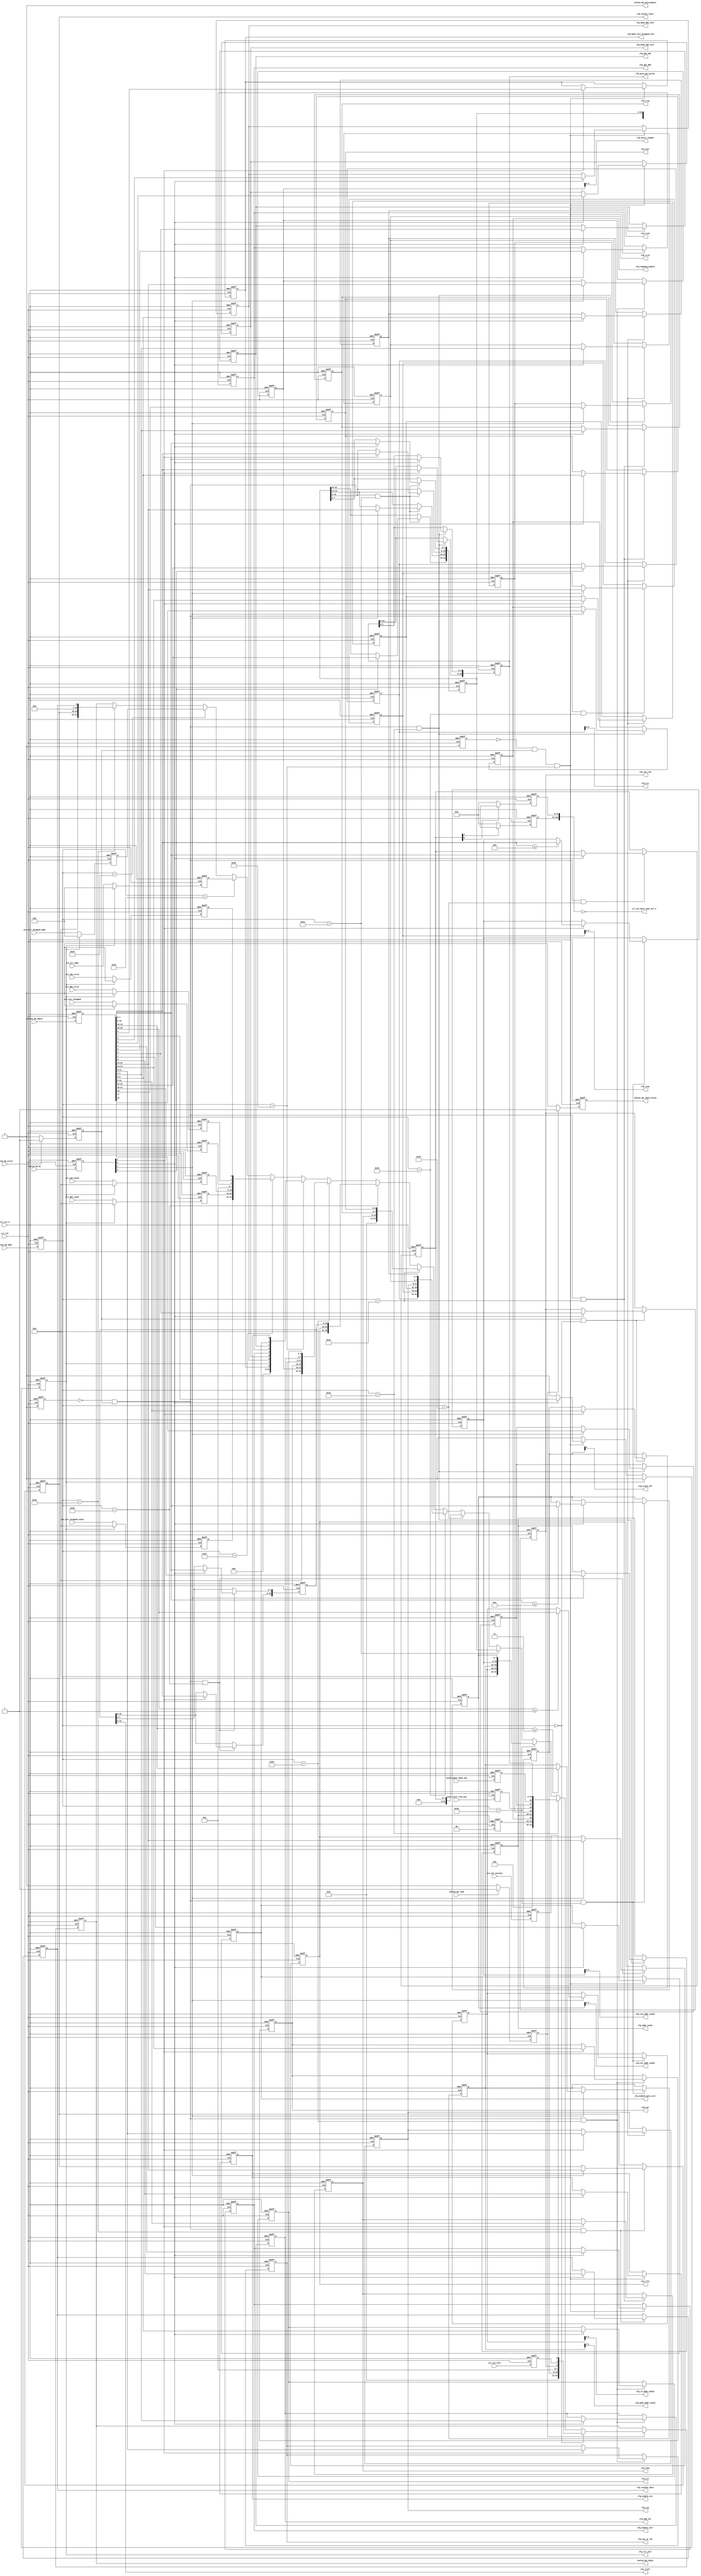
// (C) 2001-2014 Altera Corporation. All rights reserved.
// Your use of Altera Corporation's design tools, logic functions and other 
// software and tools, and its AMPP partner logic functions, and any output 
// files any of the foregoing (including device programming or simulation 
// files), and any associated documentation or information are expressly subject 
// to the terms and conditions of the Altera Program License Subscription 
// Agreement, Altera MegaCore Function License Agreement, or other applicable 
// license agreement, including, without limitation, that your use is for the 
// sole purpose of programming logic devices manufactured by Altera and sold by 
// Altera or its authorized distributors.  Please refer to the applicable 
// agreement for further details.


`timescale 1 ps / 1 ps

//altera message_off 10230

module alt_mem_ddrx_csr #
    ( parameter
        DWIDTH_RATIO                = 2,
        CTL_CSR_ENABLED             = 1,
        CTL_ECC_CSR_ENABLED         = 1,
        CTL_CSR_READ_ONLY           = 0,
        CTL_ECC_CSR_READ_ONLY       = 0,
        CFG_AVALON_ADDR_WIDTH              = 8,
        CFG_AVALON_DATA_WIDTH              = 32,
        
        MEM_IF_CLK_PAIR_COUNT       = 1,
        MEM_IF_DQS_WIDTH            = 72,
        
        CFG_CS_ADDR_WIDTH            = 1,        // same as MEM_IF_CHIP
        CFG_ROW_ADDR_WIDTH            = 13,      // max supported row bits
        CFG_COL_ADDR_WIDTH            = 10,      // max supported column bits
        CFG_BANK_ADDR_WIDTH             = 3,       // max supported bank bits
        
        CFG_ENABLE_ECC             = 1,
        CFG_ENABLE_AUTO_CORR         = 1,
        CFG_REGDIMM_ENABLE         = 0,
        
        // timing parameter width
        CAS_WR_LAT_BUS_WIDTH        = 4,       // max will be 8 in DDR3
        ADD_LAT_BUS_WIDTH           = 4,       // max will be 6 in DDR2
        TCL_BUS_WIDTH               = 4,       // max will be 11 in DDR3
        BL_BUS_WIDTH                = 5,       // 
        TRRD_BUS_WIDTH              = 4,       // 2 - 8
        TFAW_BUS_WIDTH              = 6,       // 6 - 32
        TRFC_BUS_WIDTH              = 8,       // 12 - 140?
        TREFI_BUS_WIDTH             = 13,      // 780 - 6240
        TRCD_BUS_WIDTH              = 4,       // 2 - 11
        TRP_BUS_WIDTH               = 4,       // 2 - 11
        TWR_BUS_WIDTH               = 4,       // 2 - 12
        TWTR_BUS_WIDTH              = 4,       // 1 - 10
        TRTP_BUS_WIDTH              = 4,       // 2 - 8
        TRAS_BUS_WIDTH              = 5,       // 4 - 29
        TRC_BUS_WIDTH               = 6,       // 8 - 40
        AUTO_PD_BUS_WIDTH           = 16,      // same as CSR interface
        STARVE_LIMIT_BUS_WIDTH      = 8,
        
        // timing parameter
        CFG_CAS_WR_LAT              = 0,        // these timing parameter must be set properly for controller to work
        CFG_ADD_LAT                 = 0,        // these timing parameter must be set properly for controller to work
        CFG_TCL                     = 0,        // these timing parameter must be set properly for controller to work
        CFG_BURST_LENGTH                      = 0,        // these timing parameter must be set properly for controller to work
        CFG_TRRD                    = 0,        // these timing parameter must be set properly for controller to work
        CFG_TFAW                    = 0,        // these timing parameter must be set properly for controller to work
        CFG_TRFC                    = 0,        // these timing parameter must be set properly for controller to work
        CFG_TREFI                   = 0,        // these timing parameter must be set properly for controller to work
        CFG_TRCD                    = 0,        // these timing parameter must be set properly for controller to work
        CFG_TRP                     = 0,        // these timing parameter must be set properly for controller to work
        CFG_TWR                     = 0,        // these timing parameter must be set properly for controller to work
        CFG_TWTR                    = 0,        // these timing parameter must be set properly for controller to work
        CFG_TRTP                    = 0,        // these timing parameter must be set properly for controller to work
        CFG_TRAS                    = 0,        // these timing parameter must be set properly for controller to work
        CFG_TRC                     = 0,        // these timing parameter must be set properly for controller to work
        CFG_AUTO_PD_CYCLES          = 0,        // these timing parameter must be set properly for controller to work
        
        // parameters used by input interface
        CFG_ADDR_ORDER                  = 1,        // normally we will use '1' for chip, bank, row, column arrangement
        CFG_REORDER_DATA         = 0,
        CFG_STARVE_LIMIT                = 0,
        MEM_IF_CSR_COL_WIDTH        = 5,
        MEM_IF_CSR_ROW_WIDTH        = 5,
        MEM_IF_CSR_BANK_WIDTH       = 3,
        MEM_IF_CSR_CS_WIDTH         = 3
    )
    (
        ctl_clk,
        ctl_rst_n,
        
        // csr interface (Avalon)
        avalon_mm_addr,
        avalon_mm_be,
        avalon_mm_write,
        avalon_mm_wdata,
        avalon_mm_read,
        avalon_mm_rdata,
        avalon_mm_rdata_valid,
        avalon_mm_waitrequest,
        
        // input from PHY
        sts_cal_success,
        sts_cal_fail,
        
        // input from state machine
        local_power_down_ack,
        local_self_rfsh_ack,
        
        // input from ecc
        sts_sbe_error,
        sts_dbe_error,
        sts_corr_dropped,
        sts_sbe_count,
        sts_dbe_count,
        sts_corr_dropped_count,
        sts_err_addr,
        sts_corr_dropped_addr,
        
        // output to PHY
        cfg_cal_req,
        cfg_clock_off,
        ctl_cal_byte_lane_sel_n,
        
        // output to timer
        cfg_cas_wr_lat,
        cfg_add_lat,
        cfg_tcl,
        cfg_burst_length,
        cfg_trrd,
        cfg_tfaw,
        cfg_trfc,
        cfg_trefi,
        cfg_trcd,
        cfg_trp,
        cfg_twr,
        cfg_twtr,
        cfg_trtp,
        cfg_tras,
        cfg_trc,
        cfg_auto_pd_cycles,
        
        // output to input interface
        cfg_addr_order,
        cfg_col_addr_width,
        cfg_row_addr_width,
        cfg_bank_addr_width,
        cfg_cs_addr_width,
        
        // output to ecc
        cfg_enable_ecc,
        cfg_enable_auto_corr,
        cfg_gen_sbe,
        cfg_gen_dbe,
        cfg_enable_intr,
        cfg_mask_sbe_intr,
        cfg_mask_dbe_intr,
        cfg_mask_corr_dropped_intr,
        cfg_clr_intr,

        // output to others
        cfg_regdimm_enable,
        cfg_reorder_data,
        cfg_starve_limit
    );

localparam integer CFG_MEM_IF_CS_WIDTH  = (2**CFG_CS_ADDR_WIDTH);

input ctl_clk;
input ctl_rst_n;

input avalon_mm_write;
input avalon_mm_read;
input [CFG_AVALON_ADDR_WIDTH - 1       : 0] avalon_mm_addr;
input [CFG_AVALON_DATA_WIDTH - 1       : 0] avalon_mm_wdata;
input [(CFG_AVALON_DATA_WIDTH / 8) - 1 : 0] avalon_mm_be;

output avalon_mm_waitrequest;
output avalon_mm_rdata_valid;
output [CFG_AVALON_DATA_WIDTH - 1 : 0] avalon_mm_rdata;

// input from AFI
input sts_cal_success;
input sts_cal_fail;

// input from state machine
input local_power_down_ack;
input local_self_rfsh_ack;

// input from ecc
input           sts_sbe_error;
input           sts_dbe_error;
input           sts_corr_dropped;
input  [7  : 0] sts_sbe_count;
input  [7  : 0] sts_dbe_count;
input  [7  : 0] sts_corr_dropped_count;
input  [31 : 0] sts_err_addr;
input  [31 : 0] sts_corr_dropped_addr;

// output to PHY
output                                              cfg_cal_req;
output [MEM_IF_CLK_PAIR_COUNT              - 1 : 0] cfg_clock_off;
output [MEM_IF_DQS_WIDTH * CFG_MEM_IF_CS_WIDTH - 1 : 0] ctl_cal_byte_lane_sel_n;

// output to timer
output [CAS_WR_LAT_BUS_WIDTH - 1 : 0] cfg_cas_wr_lat;
output [ADD_LAT_BUS_WIDTH    - 1 : 0] cfg_add_lat;
output [TCL_BUS_WIDTH        - 1 : 0] cfg_tcl;
output [BL_BUS_WIDTH         - 1 : 0] cfg_burst_length;
output [TRRD_BUS_WIDTH       - 1 : 0] cfg_trrd;
output [TFAW_BUS_WIDTH       - 1 : 0] cfg_tfaw;
output [TRFC_BUS_WIDTH       - 1 : 0] cfg_trfc;
output [TREFI_BUS_WIDTH      - 1 : 0] cfg_trefi;
output [TRCD_BUS_WIDTH       - 1 : 0] cfg_trcd;
output [TRP_BUS_WIDTH        - 1 : 0] cfg_trp;
output [TWR_BUS_WIDTH        - 1 : 0] cfg_twr;
output [TWTR_BUS_WIDTH       - 1 : 0] cfg_twtr;
output [TRTP_BUS_WIDTH       - 1 : 0] cfg_trtp;
output [TRAS_BUS_WIDTH       - 1 : 0] cfg_tras;
output [TRC_BUS_WIDTH        - 1 : 0] cfg_trc;
output [AUTO_PD_BUS_WIDTH    - 1 : 0] cfg_auto_pd_cycles;

// output to input interface
output [1 : 0]                         cfg_addr_order;
output                                 cfg_reorder_data;
output [STARVE_LIMIT_BUS_WIDTH-1: 0] cfg_starve_limit;
output [MEM_IF_CSR_COL_WIDTH  - 1 : 0] cfg_col_addr_width;
output [MEM_IF_CSR_ROW_WIDTH  - 1 : 0] cfg_row_addr_width;
output [MEM_IF_CSR_BANK_WIDTH - 1 : 0] cfg_bank_addr_width;
output [MEM_IF_CSR_CS_WIDTH   - 1 : 0] cfg_cs_addr_width;

//output to ecc
output cfg_enable_ecc;
output cfg_enable_auto_corr;
output cfg_gen_sbe;
output cfg_gen_dbe;
output cfg_enable_intr;
output cfg_mask_sbe_intr;
output cfg_mask_dbe_intr;
output cfg_mask_corr_dropped_intr;
output cfg_clr_intr;

output cfg_regdimm_enable;

wire avalon_mm_waitrequest;
wire avalon_mm_rdata_valid;
wire [CFG_AVALON_DATA_WIDTH - 1 : 0] avalon_mm_rdata;

reg int_write_req;
reg int_read_req;
reg int_rdata_valid;
reg [8              - 1       : 0] int_addr; // hard-coded to only 8 bits
reg [CFG_AVALON_DATA_WIDTH - 1       : 0] int_wdata;
reg [CFG_AVALON_DATA_WIDTH - 1       : 0] int_rdata;
reg [(CFG_AVALON_DATA_WIDTH / 8) - 1 : 0] int_be;

reg int_mask_avalon_mm_write;
reg int_mask_avalon_mm_read;
reg int_mask_ecc_avalon_mm_write;
reg int_mask_ecc_avalon_mm_read;

// output to PHY
wire                                              cfg_cal_req;
wire [MEM_IF_CLK_PAIR_COUNT              - 1 : 0] cfg_clock_off;
wire [MEM_IF_DQS_WIDTH * CFG_MEM_IF_CS_WIDTH - 1 : 0] ctl_cal_byte_lane_sel_n;

// output to timer
wire [CAS_WR_LAT_BUS_WIDTH - 1 : 0] cfg_cas_wr_lat;
wire [ADD_LAT_BUS_WIDTH    - 1 : 0] cfg_add_lat;
wire [TCL_BUS_WIDTH        - 1 : 0] cfg_tcl;
wire [BL_BUS_WIDTH         - 1 : 0] cfg_burst_length;
wire [TRRD_BUS_WIDTH       - 1 : 0] cfg_trrd;
wire [TFAW_BUS_WIDTH       - 1 : 0] cfg_tfaw;
wire [TRFC_BUS_WIDTH       - 1 : 0] cfg_trfc;
wire [TREFI_BUS_WIDTH      - 1 : 0] cfg_trefi;
wire [TRCD_BUS_WIDTH       - 1 : 0] cfg_trcd;
wire [TRP_BUS_WIDTH        - 1 : 0] cfg_trp;
wire [TWR_BUS_WIDTH        - 1 : 0] cfg_twr;
wire [TWTR_BUS_WIDTH       - 1 : 0] cfg_twtr;
wire [TRTP_BUS_WIDTH       - 1 : 0] cfg_trtp;
wire [TRAS_BUS_WIDTH       - 1 : 0] cfg_tras;
wire [TRC_BUS_WIDTH        - 1 : 0] cfg_trc;
wire [AUTO_PD_BUS_WIDTH    - 1 : 0] cfg_auto_pd_cycles;

// output to input interface
wire [1 : 0]                         cfg_addr_order;
wire                                 cfg_reorder_data;
wire [STARVE_LIMIT_BUS_WIDTH-1: 0] cfg_starve_limit;
wire [MEM_IF_CSR_COL_WIDTH  - 1 : 0] cfg_col_addr_width;
wire [MEM_IF_CSR_ROW_WIDTH  - 1 : 0] cfg_row_addr_width;
wire [MEM_IF_CSR_BANK_WIDTH - 1 : 0] cfg_bank_addr_width;
wire [MEM_IF_CSR_CS_WIDTH   - 1 : 0] cfg_cs_addr_width;

//output to ecc
wire cfg_enable_ecc;
wire cfg_enable_auto_corr;
wire cfg_gen_sbe;
wire cfg_gen_dbe;
wire cfg_enable_intr;
wire cfg_mask_sbe_intr;
wire cfg_mask_dbe_intr;
wire cfg_mask_corr_dropped_intr;
wire cfg_clr_intr;

// output to others
wire cfg_regdimm_enable;

// CSR read registers
reg [CFG_AVALON_DATA_WIDTH - 1 : 0] read_csr_register_100;

reg [CFG_AVALON_DATA_WIDTH - 1 : 0] read_csr_register_110;

reg [CFG_AVALON_DATA_WIDTH - 1 : 0] read_csr_register_120;
reg [CFG_AVALON_DATA_WIDTH - 1 : 0] read_csr_register_121;
reg [CFG_AVALON_DATA_WIDTH - 1 : 0] read_csr_register_122;
reg [CFG_AVALON_DATA_WIDTH - 1 : 0] read_csr_register_123;
reg [CFG_AVALON_DATA_WIDTH - 1 : 0] read_csr_register_124;
reg [CFG_AVALON_DATA_WIDTH - 1 : 0] read_csr_register_125;
reg [CFG_AVALON_DATA_WIDTH - 1 : 0] read_csr_register_126;

reg [CFG_AVALON_DATA_WIDTH - 1 : 0] read_csr_register_130;
reg [CFG_AVALON_DATA_WIDTH - 1 : 0] read_csr_register_131;
reg [CFG_AVALON_DATA_WIDTH - 1 : 0] read_csr_register_132;

reg [CFG_AVALON_DATA_WIDTH - 1 : 0] read_csr_register_133;
reg [CFG_AVALON_DATA_WIDTH - 1 : 0] read_csr_register_134;

/*------------------------------------------------------------------------------

   CSR Interface

------------------------------------------------------------------------------*/
// Assign waitrequest signal to '0'
assign avalon_mm_waitrequest = 1'b0;

generate
    if (!CTL_CSR_ENABLED && !CTL_ECC_CSR_ENABLED)
    begin
        // when both csr and ecc csr is disabled
        assign avalon_mm_rdata       = 0;
        assign avalon_mm_rdata_valid = 0;
    end
    else
    begin
        // register all inputs
        always @ (posedge ctl_clk or negedge ctl_rst_n)
        begin
            if (!ctl_rst_n)
            begin
                int_write_req <= 0;
                int_read_req  <= 0;
                int_addr      <= 0;
                int_wdata     <= 0;
                int_be        <= 0;
            end
            else
            begin
                int_addr  <= avalon_mm_addr [7 : 0]; // we only need the bottom 8 bits
                int_wdata <= avalon_mm_wdata;
                int_be    <= avalon_mm_be;
                
                if (avalon_mm_write)
                    int_write_req <= 1'b1;
                else
                    int_write_req <= 1'b0;
                
                if (avalon_mm_read)
                    int_read_req <= 1'b1;
                else
                    int_read_req <= 1'b0;
            end
        end
        
        // Write and read request mask
        always @ (posedge ctl_clk or negedge ctl_rst_n)
        begin
            if (!ctl_rst_n)
            begin
                int_mask_avalon_mm_write     <= 1'b0;
                int_mask_avalon_mm_read      <= 1'b0;
                int_mask_ecc_avalon_mm_write <= 1'b0;
                int_mask_ecc_avalon_mm_read  <= 1'b0;
            end
            else
            begin
                if (CTL_CSR_READ_ONLY)
                begin
                    int_mask_avalon_mm_write <= 1'b1;
                    int_mask_avalon_mm_read  <= 1'b0;
                end
                else
                begin
                    int_mask_avalon_mm_write <= 1'b0;
                    int_mask_avalon_mm_read  <= 1'b0;
                end
                
                if (CTL_ECC_CSR_READ_ONLY)
                begin
                    int_mask_ecc_avalon_mm_write <= 1'b1;
                    int_mask_ecc_avalon_mm_read  <= 1'b0;
                end
                else
                begin
                    int_mask_ecc_avalon_mm_write <= 1'b0;
                    int_mask_ecc_avalon_mm_read  <= 1'b0;
                end
            end
        end
        
        /*------------------------------------------------------------------------------
        
           Read Interface
        
        ------------------------------------------------------------------------------*/
        assign avalon_mm_rdata       = int_rdata;
        assign avalon_mm_rdata_valid = int_rdata_valid;
        
        always @ (posedge ctl_clk or negedge ctl_rst_n)
        begin
            if (!ctl_rst_n)
            begin
                int_rdata       <= 0;
                int_rdata_valid <= 0;
            end
            else
            begin
                if (int_read_req)
                begin
                    if (int_addr == 8'h00)
                        int_rdata <= read_csr_register_100;
                    else if (int_addr == 8'h10)
                        int_rdata <= read_csr_register_110;
                    else if (int_addr == 8'h20)
                        int_rdata <= read_csr_register_120;
                    else if (int_addr == 8'h21)
                        int_rdata <= read_csr_register_121;
                    else if (int_addr == 8'h22)
                        int_rdata <= read_csr_register_122;
                    else if (int_addr == 8'h23)
                        int_rdata <= read_csr_register_123;
                    else if (int_addr == 8'h24)
                        int_rdata <= read_csr_register_124;
                    else if (int_addr == 8'h25)
                        int_rdata <= read_csr_register_125;
                    else if (int_addr == 8'h26)
                        int_rdata <= read_csr_register_126;
                    else if (int_addr == 8'h30)
                        int_rdata <= read_csr_register_130;
                    else if (int_addr == 8'h31)
                        int_rdata <= read_csr_register_131;
                    else if (int_addr == 8'h32)
                        int_rdata <= read_csr_register_132;
                    else if (int_addr == 8'h33)
                        int_rdata <= read_csr_register_133;
                    else if (int_addr == 8'h34)
                        int_rdata <= read_csr_register_134;
                end
                
                if (int_read_req)
                    int_rdata_valid <= 1'b1;
                else
                    int_rdata_valid <= 1'b0;
            end
        end
    end
endgenerate

/*------------------------------------------------------------------------------

   CSR Registers

------------------------------------------------------------------------------*/
generate
    genvar i;
    if (!CTL_CSR_ENABLED) // when csr is disabled
    begin
        // assigning values to the top
        assign cfg_cas_wr_lat          = CFG_CAS_WR_LAT;
        assign cfg_add_lat             = CFG_ADD_LAT;
        assign cfg_tcl                 = CFG_TCL;
        assign cfg_burst_length        = CFG_BURST_LENGTH;
        assign cfg_trrd                = CFG_TRRD;
        assign cfg_tfaw                = CFG_TFAW;
        assign cfg_trfc                = CFG_TRFC;
        assign cfg_trefi               = CFG_TREFI;
        assign cfg_trcd                = CFG_TRCD;
        assign cfg_trp                 = CFG_TRP;
        assign cfg_twr                 = CFG_TWR;
        assign cfg_twtr                = CFG_TWTR;
        assign cfg_trtp                = CFG_TRTP;
        assign cfg_tras                = CFG_TRAS;
        assign cfg_trc                 = CFG_TRC;
        assign cfg_auto_pd_cycles      = CFG_AUTO_PD_CYCLES;
        
        assign cfg_addr_order              = CFG_ADDR_ORDER;
        assign cfg_reorder_data     = CFG_REORDER_DATA;
        assign cfg_starve_limit            = CFG_STARVE_LIMIT;
        assign cfg_cs_addr_width       = CFG_MEM_IF_CS_WIDTH > 1 ? CFG_CS_ADDR_WIDTH : 0;
        assign cfg_bank_addr_width     = CFG_BANK_ADDR_WIDTH;
        assign cfg_row_addr_width      = CFG_ROW_ADDR_WIDTH;
        assign cfg_col_addr_width      = CFG_COL_ADDR_WIDTH;
        
        assign cfg_cal_req             = 0;
        assign cfg_clock_off     = 0;
        assign ctl_cal_byte_lane_sel_n = 0;
        
        assign cfg_regdimm_enable          = 1'b1; // udimm or rdimm determined by parameter CFG_REGDIMM_ENABLE
    end
    else
    begin
        /*------------------------------------------------------------------------------
        
           0x100 ALTMEPHY Status and Control Register
        
        ------------------------------------------------------------------------------*/
        reg         csr_cal_success;
        reg         csr_cal_fail;
        reg         csr_cal_req;
        reg [5 : 0] csr_clock_off;
        
        // assign value back to top
        assign cfg_cal_req         = csr_cal_req;
        assign cfg_clock_off = csr_clock_off [MEM_IF_CLK_PAIR_COUNT - 1 : 0];
        
        // register arrays to store CSR informations
        always @ (posedge ctl_clk or negedge ctl_rst_n)
        begin
            if (!ctl_rst_n)
            begin
                csr_cal_req     <= 0;
                csr_clock_off   <= 0;
            end
            else
            begin
                // write request
                if (int_write_req && int_addr == 8'h00)
                begin
                    if (int_be [0])
                    begin
                        csr_cal_req   <= int_wdata [2]     ;
                    end
                    
                    if (int_be [1])
                    begin
                        csr_clock_off <= int_wdata [13 : 8];
                    end
                end
            end
        end
        
        // read only registers
        always @ (posedge ctl_clk or negedge ctl_rst_n)
        begin
            if (!ctl_rst_n)
            begin
                csr_cal_success <= 0;
                csr_cal_fail    <= 0;
            end
            else
            begin
                csr_cal_success <= sts_cal_success;
                csr_cal_fail    <= sts_cal_fail;
            end
        end
        
        // assigning read datas back to 32 bit bus
        always @ (*)
        begin
            // first, set all to zeros
            read_csr_register_100 = 0;
            
            // then we set individual bits
            read_csr_register_100 [0]      = csr_cal_success;
            read_csr_register_100 [1]      = csr_cal_fail;
            read_csr_register_100 [2]      = csr_cal_req;
            read_csr_register_100 [13 : 8] = csr_clock_off;
        end
        
        /*------------------------------------------------------------------------------
        
           0x110 Controller Status and Control Register
        
        ------------------------------------------------------------------------------*/
        reg [15 : 0] csr_auto_pd_cycles;
        reg          csr_auto_pd_ack;
        reg          csr_self_rfsh;    // yyong: remember to handle this
        reg          csr_self_rfsh_ack;
        reg          csr_ganged_arf;   // yyong: remember to handle this
        reg [1  : 0] csr_addr_order;
        reg          csr_reg_dimm;     // yyong: remember to handle this
        reg [1  : 0] csr_drate;
        
        // assign value back to top
        assign cfg_auto_pd_cycles = csr_auto_pd_cycles;
        assign cfg_addr_order         = csr_addr_order;
        assign cfg_regdimm_enable     = csr_reg_dimm;
        
        // register arrays to store CSR informations
        always @ (posedge ctl_clk or negedge ctl_rst_n)
        begin
            if (!ctl_rst_n)
            begin
                csr_auto_pd_cycles <= CFG_AUTO_PD_CYCLES;  // reset to default value
                csr_self_rfsh      <= 0;
                csr_ganged_arf     <= 0;
                csr_addr_order     <= CFG_ADDR_ORDER;          // reset to default value
                csr_reg_dimm       <= CFG_REGDIMM_ENABLE; // reset to default value
            end
            else
            begin
                // write request
                if (!int_mask_avalon_mm_write && int_write_req && int_addr == 8'h10)
                begin
                    if (int_be [0])
                    begin
                        csr_auto_pd_cycles [ 7 :  0] <= int_wdata [ 7 :  0];
                    end
                    
                    if (int_be [1])
                    begin
                        csr_auto_pd_cycles [15 :  8] <= int_wdata [15 :  8];
                    end
                    
                    if (int_be [2])
                    begin
                        csr_self_rfsh      <= int_wdata [17]     ;
                        csr_ganged_arf     <= int_wdata [19]     ;
                        csr_addr_order     <= int_wdata [21 : 20];
                        csr_reg_dimm       <= int_wdata [22]     ;
                    end
                end
            end
        end
        
        // read only registers
        always @ (posedge ctl_clk or negedge ctl_rst_n)
        begin
            if (!ctl_rst_n)
            begin
                csr_auto_pd_ack   <= 0;
                csr_self_rfsh_ack <= 0;
                csr_drate         <= 0;
            end
            else
            begin
                csr_auto_pd_ack   <= local_power_down_ack;
                csr_self_rfsh_ack <= local_self_rfsh_ack;
                csr_drate         <= (DWIDTH_RATIO == 2) ? 2'b00 : 2'b01; // Fullrate - 00, Halfrate - 01
            end
        end
        
        // assigning read datas back to 32 bit bus
        always @ (*)
        begin
            // first, set all to zeros
            read_csr_register_110 = 0;
            
            // then we set individual bits
            read_csr_register_110 [15 : 0 ] = csr_auto_pd_cycles;
            read_csr_register_110 [16]      = csr_auto_pd_ack;
            read_csr_register_110 [17]      = csr_self_rfsh;
            read_csr_register_110 [18]      = csr_self_rfsh_ack;
            read_csr_register_110 [19]      = csr_ganged_arf;
            read_csr_register_110 [21 : 20] = csr_addr_order;
            read_csr_register_110 [22]      = csr_reg_dimm;
            read_csr_register_110 [24 : 23] = csr_drate;
        end
        
        /*------------------------------------------------------------------------------
        
           0x120 Memory Address Sizes 0
        
        ------------------------------------------------------------------------------*/
        reg [7 : 0] csr_col_width;
        reg [7 : 0] csr_row_width;
        reg [3 : 0] csr_bank_width;
        reg [3 : 0] csr_chip_width;
        
        // assign value back to top
        assign cfg_cs_addr_width    = csr_chip_width [MEM_IF_CSR_CS_WIDTH   - 1 : 0];
        assign cfg_bank_addr_width  = csr_bank_width [MEM_IF_CSR_BANK_WIDTH - 1 : 0];
        assign cfg_row_addr_width   = csr_row_width  [MEM_IF_CSR_ROW_WIDTH  - 1 : 0];
        assign cfg_col_addr_width   = csr_col_width  [MEM_IF_CSR_COL_WIDTH  - 1 : 0];
        
        // register arrays to store CSR informations
        always @ (posedge ctl_clk or negedge ctl_rst_n)
        begin
            if (!ctl_rst_n)
            begin
                csr_col_width  <= CFG_COL_ADDR_WIDTH;                           // reset to default value
                csr_row_width  <= CFG_ROW_ADDR_WIDTH;                           // reset to default value
                csr_bank_width <= CFG_BANK_ADDR_WIDTH;                            // reset to default value
                csr_chip_width <= CFG_MEM_IF_CS_WIDTH > 1 ? CFG_CS_ADDR_WIDTH : 0; // reset to default value
            end
            else
            begin
                // write request
                if (!int_mask_avalon_mm_write && int_write_req && int_addr == 8'h20)
                begin
                    if (int_be [0])
                    begin
                        if (int_wdata [7 : 0] <= CFG_COL_ADDR_WIDTH)
                        begin
                            csr_col_width  <= int_wdata [7  : 0 ];
                        end
                    end
                    
                    if (int_be [1])
                    begin
                        if (int_wdata [15 : 8] <= CFG_ROW_ADDR_WIDTH)
                        begin
                            csr_row_width  <= int_wdata [15 : 8 ];
                        end
                    end
                    
                    if (int_be [2])
                    begin
                        if (int_wdata [19 : 16] <= CFG_BANK_ADDR_WIDTH)
                        begin
                            csr_bank_width <= int_wdata [19 : 16];
                        end
                        
                        if (int_wdata [23 : 20] <= (CFG_MEM_IF_CS_WIDTH > 1 ? CFG_CS_ADDR_WIDTH : 0))
                        begin
                            csr_chip_width <= int_wdata [23 : 20];
                        end
                    end
                end
            end
        end
        
        // assigning read datas back to 32 bit bus
        always @ (*)
        begin
            // first, set all to zeros
            read_csr_register_120 = 0;
            
            // then we set individual bits
            read_csr_register_120 [7  : 0 ] = csr_col_width;
            read_csr_register_120 [15 : 8 ] = csr_row_width;
            read_csr_register_120 [19 : 16] = csr_bank_width;
            read_csr_register_120 [23 : 20] = csr_chip_width;
        end
        
        /*------------------------------------------------------------------------------
        
           0x121 Memory Address Sizes 1
        
        ------------------------------------------------------------------------------*/
        reg [31 : 0] csr_data_binary_representation;
        reg [7 : 0] csr_chip_binary_representation;
        
        reg [MEM_IF_DQS_WIDTH * CFG_MEM_IF_CS_WIDTH - 1 : 0] cal_byte_lane;
        
        // assign value back to top
        assign ctl_cal_byte_lane_sel_n = ~cal_byte_lane;
        
        // determine cal_byte_lane base on csr data
        for (i = 0;i < CFG_MEM_IF_CS_WIDTH;i = i + 1)
        begin : ctl_cal_byte_lane_per_chip
            always @ (posedge ctl_clk or negedge ctl_rst_n)
            begin
                if (!ctl_rst_n)
                    cal_byte_lane [(i + 1) * MEM_IF_DQS_WIDTH - 1 : i * MEM_IF_DQS_WIDTH] <= {MEM_IF_DQS_WIDTH{1'b1}}; // setting to all ones
                else
                begin
                    if (csr_chip_binary_representation[i])
                        cal_byte_lane [(i + 1) * MEM_IF_DQS_WIDTH - 1 : i * MEM_IF_DQS_WIDTH] <= csr_data_binary_representation [MEM_IF_DQS_WIDTH - 1 : 0];
                    else
                        cal_byte_lane [(i + 1) * MEM_IF_DQS_WIDTH - 1 : i * MEM_IF_DQS_WIDTH] <= 0;
                end
            end
        end
        
        // register arrays to store CSR informations
        always @ (posedge ctl_clk or negedge ctl_rst_n)
        begin
            if (!ctl_rst_n)
            begin
                csr_data_binary_representation <= {MEM_IF_DQS_WIDTH{1'b1}};
            end
            else
            begin
                // write request
                if (!int_mask_avalon_mm_write && int_write_req && int_addr == 8'h21)
                begin
                    if (int_be [0])
                    begin
                        csr_data_binary_representation [ 7 :  0] <= int_wdata [ 7 :  0];
                    end
                    
                    if (int_be [1])
                    begin
                        csr_data_binary_representation [15 :  8] <= int_wdata [15 :  8];
                    end
                    
                    if (int_be [2])
                    begin
                        csr_data_binary_representation [23 : 16] <= int_wdata [23 : 16];
                    end
                    
                    if (int_be [3])
                    begin
                        csr_data_binary_representation [31 : 24] <= int_wdata [31 : 24];
                    end
                end
            end
        end
        
        // assigning read datas back to 32 bit bus
        always @ (*)
        begin
            // first, set all to zeros
            read_csr_register_121 = 0;
            
            // then we set individual bits
            read_csr_register_121 [31 : 0 ] = csr_data_binary_representation;
        end
        
        /*------------------------------------------------------------------------------
        
           0x122 Memory Address Sizes 2
        
        ------------------------------------------------------------------------------*/
        // register arrays to store CSR informations
        always @ (posedge ctl_clk or negedge ctl_rst_n)
        begin
            if (!ctl_rst_n)
            begin
                csr_chip_binary_representation <= {CFG_MEM_IF_CS_WIDTH{1'b1}};
            end
            else
            begin
                // write request
                if (!int_mask_avalon_mm_write && int_write_req && int_addr == 8'h22)
                begin
                    if (int_be [0])
                    begin
                        csr_chip_binary_representation [ 7 :  0] <= int_wdata [7  : 0 ];
                    end
                end
            end
        end
        
        // assigning read datas back to 32 bit bus
        always @ (*)
        begin
            // first, set all to zeros
            read_csr_register_122 = 0;
            
            // then we set individual bits
            read_csr_register_122 [7  : 0 ] = csr_chip_binary_representation;
        end
        
        /*------------------------------------------------------------------------------
        
           0x123 Memory Timing Parameters Registers 0
        
        ------------------------------------------------------------------------------*/
        reg [3 : 0] csr_trcd;
        reg [3 : 0] csr_trrd;
        reg [3 : 0] csr_trp;
        reg [3 : 0] csr_tmrd; // yyong: might remove this
        reg [7 : 0] csr_tras;
        reg [7 : 0] csr_trc;
        
        // assign value back to top
        assign cfg_trcd = csr_trcd [TRCD_BUS_WIDTH - 1 : 0];
        assign cfg_trrd = csr_trrd [TRRD_BUS_WIDTH - 1 : 0];
        assign cfg_trp  = csr_trp  [TRP_BUS_WIDTH  - 1 : 0];
        assign cfg_tras = csr_tras [TRAS_BUS_WIDTH - 1 : 0];
        assign cfg_trc  = csr_trc  [TRC_BUS_WIDTH  - 1 : 0];
        
        // register arrays to store CSR informations
        always @ (posedge ctl_clk or negedge ctl_rst_n)
        begin
            if (!ctl_rst_n)
            begin
                csr_trcd <= CFG_TRCD; // reset to default value
                csr_trrd <= CFG_TRRD; // reset to default value
                csr_trp  <= CFG_TRP;  // reset to default value
                csr_tmrd <= 0;        // yyong: might remove this
                csr_tras <= CFG_TRAS; // reset to default value
                csr_trc  <= CFG_TRC;  // reset to default value
            end
            else
            begin
                // write request
                if (!int_mask_avalon_mm_write && int_write_req && int_addr == 8'h23)
                begin
                    if (int_be [0])
                    begin
                        csr_trcd <= int_wdata [3  : 0 ];
                        csr_trrd <= int_wdata [7  : 4 ];
                    end
                    
                    if (int_be [1])
                    begin
                        csr_trp  <= int_wdata [11 : 8 ];
                        csr_tmrd <= int_wdata [15 : 12];
                    end
                    
                    if (int_be [2])
                    begin
                        csr_tras <= int_wdata [23 : 16];
                    end
                    
                    if (int_be [3])
                    begin
                        csr_trc  <= int_wdata [31 : 24];
                    end
                end
            end
        end
        
        // assigning read datas back to 32 bit bus
        always @ (*)
        begin
            // first, set all to zeros
            read_csr_register_123 = 0;
            
            // then we set individual bits
            read_csr_register_123 [3  : 0 ] = csr_trcd;
            read_csr_register_123 [7  : 4 ] = csr_trrd;
            read_csr_register_123 [11 : 8 ] = csr_trp;
            read_csr_register_123 [15 : 12] = csr_tmrd;
            read_csr_register_123 [23 : 16] = csr_tras;
            read_csr_register_123 [31 : 24] = csr_trc;
        end
        
        /*------------------------------------------------------------------------------
        
           0x124 Memory Timing Parameters Registers 1
        
        ------------------------------------------------------------------------------*/
        reg [3 : 0] csr_twtr;
        reg [3 : 0] csr_trtp;
        reg [5 : 0] csr_tfaw;
        
        // assign value back to top
        assign cfg_twtr = csr_twtr [TWTR_BUS_WIDTH - 1 : 0];
        assign cfg_trtp = csr_trtp [TRTP_BUS_WIDTH - 1 : 0];
        assign cfg_tfaw = csr_tfaw [TFAW_BUS_WIDTH - 1 : 0];
        
        // register arrays to store CSR informations
        always @ (posedge ctl_clk or negedge ctl_rst_n)
        begin
            if (!ctl_rst_n)
            begin
                csr_twtr <= CFG_TWTR;
                csr_trtp <= CFG_TRTP;
                csr_tfaw <= CFG_TFAW;
            end
            else
            begin
                // write request
                if (!int_mask_avalon_mm_write && int_write_req && int_addr == 8'h24)
                begin
                    if (int_be [0])
                    begin
                        csr_twtr <= int_wdata [3  : 0 ];
                        csr_trtp <= int_wdata [7  : 4 ];
                    end
                    
                    if (int_be [1])
                    begin
                        csr_tfaw <= int_wdata [13 : 8 ];
                    end
                end
            end
        end
        
        // assigning read datas back to 32 bit bus
        always @ (*)
        begin
            // first, set all to zeros
            read_csr_register_124 = 0;
            
            // then we set individual bits
            read_csr_register_124 [3  : 0 ] = csr_twtr;
            read_csr_register_124 [7  : 4 ] = csr_trtp;
            read_csr_register_124 [15 : 8 ] = csr_tfaw;
        end
        
        /*------------------------------------------------------------------------------
        
           0x125 Memory Timing Parameters Registers 2
        
        ------------------------------------------------------------------------------*/
        reg [15 : 0] csr_trefi;
        reg [7  : 0] csr_trfc;
        
        // assign value back to top
        assign cfg_trefi = csr_trefi [TREFI_BUS_WIDTH - 1 : 0];
        assign cfg_trfc  = csr_trfc  [TRFC_BUS_WIDTH  - 1 : 0];
        
        // register arrays to store CSR informations
        always @ (posedge ctl_clk or negedge ctl_rst_n)
        begin
            if (!ctl_rst_n)
            begin
                csr_trefi <= CFG_TREFI;
                csr_trfc  <= CFG_TRFC;
            end
            else
            begin
                // write request
                if (!int_mask_avalon_mm_write && int_write_req && int_addr == 8'h25)
                begin
                    if (int_be [0])
                    begin
                        csr_trefi [ 7 :  0] <= int_wdata [ 7 :  0];
                    end
                    
                    if (int_be [1])
                    begin
                        csr_trefi [15 :  8] <= int_wdata [15 :  8];
                    end
                    
                    if (int_be [2])
                    begin
                        csr_trfc  <= int_wdata [23 : 16];
                    end
                end
            end
        end
        
        // assigning read datas back to 32 bit bus
        always @ (*)
        begin
            // first, set all to zeros
            read_csr_register_125 = 0;
            
            // then we set individual bits
            read_csr_register_125 [15 : 0 ] = csr_trefi;
            read_csr_register_125 [23 : 16] = csr_trfc;
        end
        
        /*------------------------------------------------------------------------------
        
           0x126 Memory Timing Parameters Registers 3
        
        ------------------------------------------------------------------------------*/
        reg [3 : 0] csr_tcl;
        reg [3 : 0] csr_al;
        reg [3 : 0] csr_cwl;
        reg [3 : 0] csr_twr;
        reg [7 : 0] csr_bl;
        
        // assign value back to top
        assign cfg_tcl          = csr_tcl [TCL_BUS_WIDTH        - 1 : 0];
        assign cfg_add_lat      = csr_al  [ADD_LAT_BUS_WIDTH    - 1 : 0];
        assign cfg_cas_wr_lat   = csr_cwl [CAS_WR_LAT_BUS_WIDTH - 1 : 0];
        assign cfg_twr          = csr_twr [TWR_BUS_WIDTH        - 1 : 0];
        assign cfg_burst_length = csr_bl  [BL_BUS_WIDTH         - 1 : 0];
        
        // register arrays to store CSR informations
        always @ (posedge ctl_clk or negedge ctl_rst_n)
        begin
            if (!ctl_rst_n)
            begin
                csr_tcl <= CFG_TCL;
                csr_al  <= CFG_ADD_LAT;
                csr_cwl <= CFG_CAS_WR_LAT;
                csr_twr <= CFG_TWR;
                csr_bl  <= CFG_BURST_LENGTH;
            end
            else
            begin
                // write request
                if (!int_mask_avalon_mm_write && int_write_req && int_addr == 8'h26)
                begin
                    if (int_be [0])
                    begin
                        csr_tcl <= int_wdata [3  : 0 ];
                        csr_al  <= int_wdata [7  : 4 ];
                    end
                    
                    if (int_be [1])
                    begin
                        csr_cwl <= int_wdata [11 : 8 ];
                        csr_twr <= int_wdata [15 : 12];
                    end

                    if (int_be [2])
                    begin
                        csr_bl  <= int_wdata [23 : 16];
                    end
                end
            end
        end
        
        // assigning read datas back to 32 bit bus
        always @ (*)
        begin
            // first, set all to zeros
            read_csr_register_126 = 0;
            
            // then we set individual bits
            read_csr_register_126 [3  : 0 ] = csr_tcl;
            read_csr_register_126 [7  : 4 ] = csr_al;
            read_csr_register_126 [11 : 8 ] = csr_cwl;
            read_csr_register_126 [15 : 12] = csr_twr;
            read_csr_register_126 [23 : 16] = csr_bl;
        end

        /*------------------------------------------------------------------------------
        
           0x134 Controller Status and Control Register - Advanced Features
        
        ------------------------------------------------------------------------------*/
        reg          csr_reorder_data;
        reg [7 : 0]  csr_starve_limit;
        
        // assign value back to top
        assign cfg_reorder_data = csr_reorder_data;
        assign cfg_starve_limit = csr_starve_limit;
        
        // register arrays to store CSR informations
        always @ (posedge ctl_clk or negedge ctl_rst_n)
        begin
            if (!ctl_rst_n)
            begin
                csr_reorder_data    <= CFG_REORDER_DATA;
                csr_starve_limit    <= CFG_STARVE_LIMIT;  // reset to default value
            end
            else
            begin
                // write request
                if (!int_mask_avalon_mm_write && int_write_req && int_addr == 8'h34)
                begin
                    if (int_be [0])
                    begin
                        csr_reorder_data <= int_wdata [ 0];
                    end
                    
                    if (int_be [2])
                    begin
                        csr_starve_limit <= int_wdata [23 :  16];
                    end
                    
                end
            end
        end
        
        // assigning read datas back to 32 bit bus
        always @ (*)
        begin
            // first, set all to zeros
            read_csr_register_134 = 0;
            
            // then we set individual bits
            read_csr_register_134 [ 0 ]       = csr_reorder_data;
            read_csr_register_134 [ 23 : 16 ] = csr_starve_limit;
        end    
    end
	
    if (!CTL_ECC_CSR_ENABLED)
    begin
        assign cfg_enable_ecc              = 1'b0; // default value
        assign cfg_enable_auto_corr    = 1'b0; // default value
        assign cfg_gen_sbe             = 0;
        assign cfg_gen_dbe             = 0;
        assign cfg_enable_intr         = 1'b0; // default value
        assign cfg_mask_sbe_intr       = 0;
        assign cfg_mask_dbe_intr       = 0;
        assign cfg_clr_intr               = 0;
        assign cfg_mask_corr_dropped_intr=0;
    end
    else
    begin
        /*------------------------------------------------------------------------------
        
           0x130 ECC Control Register
        
        ------------------------------------------------------------------------------*/
        reg csr_enable_ecc;
        reg csr_enable_auto_corr;
        reg csr_gen_sbe;
        reg csr_gen_dbe;
        reg csr_enable_intr;
        reg csr_mask_sbe_intr;
        reg csr_mask_dbe_intr;
        reg csr_ecc_clear;
        reg csr_mask_corr_dropped_intr;
        
        // assign value back to top
        assign cfg_enable_ecc                   = csr_enable_ecc;
        assign cfg_enable_auto_corr         = csr_enable_auto_corr;
        assign cfg_gen_sbe                  = csr_gen_sbe;
        assign cfg_gen_dbe                  = csr_gen_dbe;
        assign cfg_enable_intr              = csr_enable_intr;
        assign cfg_mask_sbe_intr            = csr_mask_sbe_intr;
        assign cfg_mask_dbe_intr            = csr_mask_dbe_intr;
        assign cfg_clr_intr                    = csr_ecc_clear;
        assign cfg_mask_corr_dropped_intr   = csr_mask_corr_dropped_intr;
        
        // register arrays to store CSR informations
        always @ (posedge ctl_clk or negedge ctl_rst_n)
        begin
            if (!ctl_rst_n)
            begin
                csr_enable_ecc              <= CFG_ENABLE_ECC;
                csr_enable_auto_corr        <= CFG_ENABLE_AUTO_CORR;
                csr_gen_sbe                 <= 0;
                csr_gen_dbe                 <= 0;
                csr_enable_intr             <= 1'b1;
                csr_mask_sbe_intr           <= 0;
                csr_mask_dbe_intr           <= 0;
                csr_ecc_clear               <= 0;
                csr_mask_corr_dropped_intr  <= 0;
            end
            else
            begin
                // write request
                if (!int_mask_ecc_avalon_mm_write && int_write_req && int_addr == 8'h30)
                begin
                    if (int_be [0])
                    begin
                        csr_enable_ecc       <= int_wdata [0];
                        csr_enable_auto_corr <= int_wdata [1];
                        csr_gen_sbe          <= int_wdata [2];
                        csr_gen_dbe          <= int_wdata [3];
                        csr_enable_intr      <= int_wdata [4];
                        csr_mask_sbe_intr    <= int_wdata [5];
                        csr_mask_dbe_intr    <= int_wdata [6];
                        csr_ecc_clear        <= int_wdata [7];
                    end
                    if (int_be [1])
                    begin
                        csr_mask_corr_dropped_intr    <= int_wdata [8];
                    end
                end
                
                // set csr_clear to zero after one clock cycle
                if (csr_ecc_clear)
                    csr_ecc_clear     <= 1'b0;
            end
        end
        
        // assigning read datas back to 32 bit bus
        always @ (*)
        begin
            // first, set all to zeros
            read_csr_register_130 = 0;
            
            // then we set individual bits
            read_csr_register_130 [0] = csr_enable_ecc;
            read_csr_register_130 [1] = csr_enable_auto_corr;
            read_csr_register_130 [2] = csr_gen_sbe;
            read_csr_register_130 [3] = csr_gen_dbe;
            read_csr_register_130 [4] = csr_enable_intr;
            read_csr_register_130 [5] = csr_mask_sbe_intr;
            read_csr_register_130 [6] = csr_mask_dbe_intr;
            read_csr_register_130 [7] = csr_ecc_clear;
            read_csr_register_130 [8] = csr_mask_corr_dropped_intr;
        end
        
        /*------------------------------------------------------------------------------
        
           0x131 ECC Status Register (Read Only)
        
        ------------------------------------------------------------------------------*/
        reg         csr_sbe_error;
        reg         csr_dbe_error;
        reg         csr_corr_dropped;
        reg [7 : 0] csr_sbe_count;
        reg [7 : 0] csr_dbe_count;
        reg [7 : 0] csr_corr_dropped_count;
        
        // register arrays to store CSR informations
        always @ (posedge ctl_clk or negedge ctl_rst_n)
        begin
            if (!ctl_rst_n)
            begin
                csr_sbe_error <= 0;
                csr_dbe_error <= 0;
                csr_sbe_count <= 0;
                csr_dbe_count <= 0;
                csr_corr_dropped <= 0;
                csr_corr_dropped_count <= 0;
            end
            else
            begin
                // all registers are read only registers
                if (csr_ecc_clear)
                begin
                    csr_sbe_error <= 0;
                    csr_dbe_error <= 0;
                    csr_sbe_count <= 0;
                    csr_dbe_count <= 0;
                    csr_corr_dropped <= 0;
                    csr_corr_dropped_count <= 0;
                end
                else
                begin
                    csr_sbe_error <= sts_sbe_error;
                    csr_dbe_error <= sts_dbe_error;
                    csr_sbe_count <= sts_sbe_count;
                    csr_dbe_count <= sts_dbe_count;
                    csr_corr_dropped <= sts_corr_dropped;
                    csr_corr_dropped_count <= sts_corr_dropped_count;
                end
            end
        end
        
        // assigning read datas back to 32 bit bus
        always @ (*)
        begin
            // first, set all to zeros
            read_csr_register_131 = 0;
            
            // then we set individual bits
            read_csr_register_131 [0      ] = csr_sbe_error;
            read_csr_register_131 [1      ] = csr_dbe_error;
            read_csr_register_131 [2      ] = csr_corr_dropped;
            read_csr_register_131 [15 : 8 ] = csr_sbe_count;
            read_csr_register_131 [23 : 16] = csr_dbe_count;
            read_csr_register_131 [31 : 24] = csr_corr_dropped_count;
        end
        
        /*------------------------------------------------------------------------------
        
           0x132 ECC Error Address Register (Read Only)
        
        ------------------------------------------------------------------------------*/
        reg [31 : 0] csr_error_addr;
        
        // register arrays to store CSR informations
        always @ (posedge ctl_clk or negedge ctl_rst_n)
        begin
            if (!ctl_rst_n)
            begin
                csr_error_addr <= 0;
            end
            else
            begin
                // all registers are read only registers
                if (csr_ecc_clear)
                    csr_error_addr <= 0;
                else
                    csr_error_addr <= sts_err_addr;
            end
        end
        
        // assigning read datas back to 32 bit bus
        always @ (*)
        begin
            // then we set individual bits
            read_csr_register_132 = csr_error_addr;
        end    

        /*------------------------------------------------------------------------------
        
           0x133 ECC Correction Dropped Address Register (Read Only)
        
        ------------------------------------------------------------------------------*/
        reg [31 : 0] csr_corr_dropped_addr;
        
        // register arrays to store CSR informations
        always @ (posedge ctl_clk or negedge ctl_rst_n)
        begin
            if (!ctl_rst_n)
            begin
                csr_corr_dropped_addr <= 0;
            end
            else
            begin
                // all registers are read only registers
                if (csr_ecc_clear)
                    csr_corr_dropped_addr <= 0;
                else
                    csr_corr_dropped_addr <= sts_corr_dropped_addr;
            end
        end
        
        // assigning read datas back to 32 bit bus
        always @ (*)
        begin
            // then we set individual bits
            read_csr_register_133 = csr_corr_dropped_addr;
        end		
    end
endgenerate
























endmodule